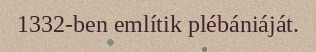
1332-ben említik plébániáját.